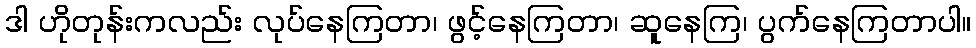
ဒါ ဟိုတုန်းကလည်း လုပ်နေကြတာ၊ ဖွင့်နေကြတာ၊ ဆူနေကြ၊ ပွက်နေကြတာပါ။